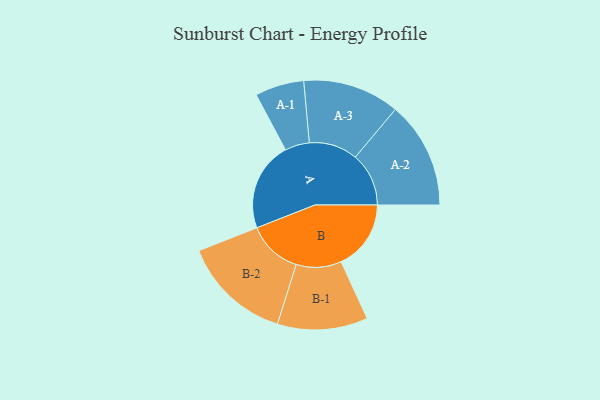
{"axis": {"x": "Segment", "y": "Value"}, "legend": ["", "A", "B"], "data": [{"x": "A", "y": 462, "type": ""}, {"x": "B", "y": 362, "type": ""}, {"x": "A-1", "y": 127, "type": "A"}, {"x": "A-2", "y": 277, "type": "A"}, {"x": "A-3", "y": 251, "type": "A"}, {"x": "B-1", "y": 234, "type": "B"}, {"x": "B-2", "y": 283, "type": "B"}]}